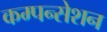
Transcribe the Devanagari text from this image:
कम्पन्सेशन